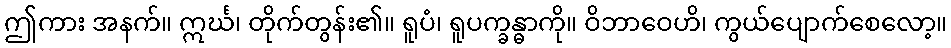
ဤကား အနက်။ ဣင်္ဃ၊ တိုက်တွန်း၏။ ရူပံ၊ ရူပက္ခန္ဓာကို။ ဝိဘာဝေဟိ၊ ကွယ်ပျောက်စေလော့။